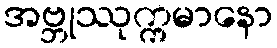
အဗ္ဘုဿုက္ကမာနော